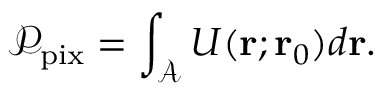
\mathcal { P } _ { \mathrm { p i x } } = \int _ { \mathcal { A } } U ( \mathbf { r } ; \mathbf { r } _ { 0 } ) d \mathbf { r } .